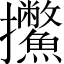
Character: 𱡕